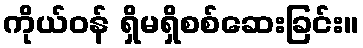
ကိုယ်ဝန် ရှိမရှိစစ်ဆေးခြင်း။